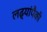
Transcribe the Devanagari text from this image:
लढ्यांपैकी